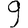
Digit: 9